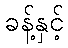
ခန့်နှင့်